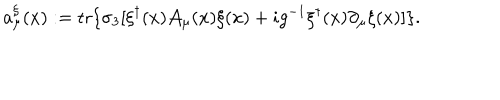
a _ { \mu } ^ { \xi } ( x ) : = \mathrm { t r } \{ \sigma _ { 3 } [ \xi ^ { \dagger } ( x ) { \cal A } _ { \mu } ( x ) \xi ( x ) + i g ^ { - 1 } \xi ^ { \dagger } ( x ) \partial _ { \mu } \xi ( x ) ] \} .